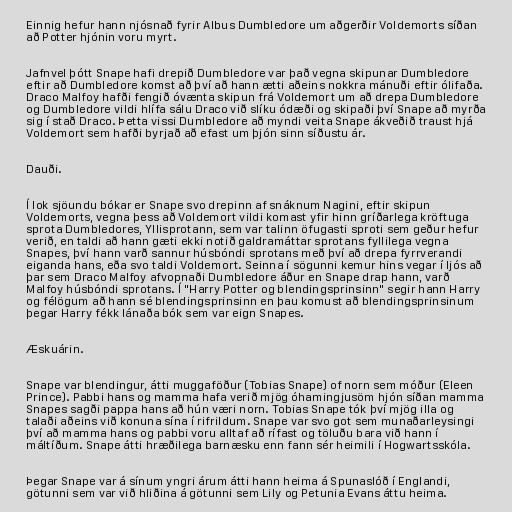
Einnig hefur hann njósnað fyrir Albus Dumbledore um aðgerðir Voldemorts síðan
að Potter hjónin voru myrt.

Jafnvel þótt Snape hafi drepið Dumbledore var það vegna skipunar Dumbledore
eftir að Dumbledore komst að því að hann ætti aðeins nokkra mánuði eftir ólifaða.
Draco Malfoy hafði fengið óvænta skipun frá Voldemort um að drepa Dumbledore
og Dumbledore vildi hlífa sálu Draco við slíku ódæði og skipaði því Snape að myrða
sig í stað Draco. Þetta vissi Dumbledore að myndi veita Snape ákveðið traust hjá
Voldemort sem hafði byrjað að efast um þjón sinn síðustu ár.

Dauði.

Í lok sjöundu bókar er Snape svo drepinn af snáknum Nagini, eftir skipun
Voldemorts, vegna þess að Voldemort vildi komast yfir hinn gríðarlega kröftuga
sprota Dumbledores, Yllisprotann, sem var talinn öfugasti sproti sem geður hefur
verið, en taldi að hann gæti ekki notið galdramáttar sprotans fyllilega vegna
Snapes, því hann varð sannur húsbóndi sprotans með því að drepa fyrrverandi
eiganda hans, eða svo taldi Voldemort. Seinna í sögunni kemur hins vegar í ljós að
þar sem Draco Malfoy afvopnaði Dumbledore áður en Snape drap hann, varð
Malfoy húsbóndi sprotans. Í "Harry Potter og blendingsprinsinn" segir hann Harry
og félögum að hann sé blendingsprinsinn en þau komust að blendingsprinsinum
þegar Harry fékk lánaða bók sem var eign Snapes.

Æskuárin.

Snape var blendingur, átti muggaföður (Tobias Snape) of norn sem móður (Eleen
Prince). Pabbi hans og mamma hafa verið mjög óhamingjusöm hjón síðan mamma
Snapes sagði pappa hans að hún væri norn. Tobias Snape tók því mjög illa og
talaði aðeins við konuna sína í rifrildum. Snape var svo got sem munaðarleysingi
því að mamma hans og pabbi voru alltaf að rífast og töluðu bara við hann í
máltíðum. Snape átti hræðilega barnæsku enn fann sér heimili í Hogwartsskóla.

Þegar Snape var á sínum yngri árum átti hann heima á Spunaslóð í Englandi,
götunni sem var við hliðina á götunni sem Lily og Petunia Evans áttu heima.